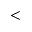
\rvert <